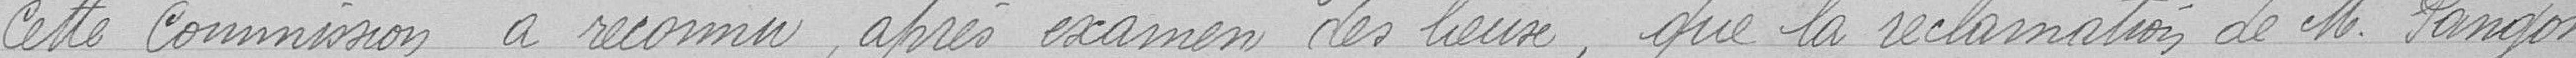
Cette commission a reconnu, après examen des lieux, que la réclamation de M. Pangon